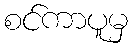
စင်ကာပူမှ